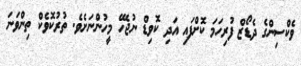
ވެކްސިންގެ ދެޑޯޒް ފުރިހަމަ ކޮށްފައި އަދި ކޮވިޑް ނުޖެހޭ މީހުންނަށެވެ. ތުރުކޮވެކް ތިންވަނަ